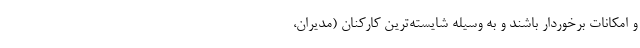
و امکانات برخوردار باشند و به وسیله شایسته‌ترین کارکنان (مدیران،